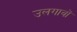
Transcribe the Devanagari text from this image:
उलगावों